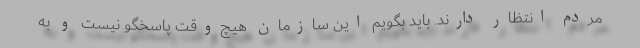
مردم انتظار دارند. باید بگویم این سازمان هیچ‌وقت پاسخگو نیست و به